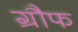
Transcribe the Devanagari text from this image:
ग्रौफ